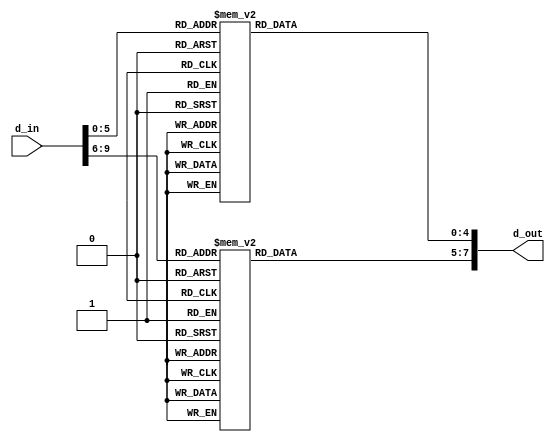
`timescale 1ns / 1ps

// Combinational circuit to decode 8b/10b non-control codewords
// Tables generated by python script lookup.py based on the 8b/10b Wikipedia article
module decode_8b10b(
    input [9:0] d_in,
    output reg [7:0] d_out
    );

always @(*) begin
    case (d_in[5:0])
        6'b111001: d_out[4:0] = 5'b00000;
        6'b000110: d_out[4:0] = 5'b00000;
        6'b101110: d_out[4:0] = 5'b00001;
        6'b010001: d_out[4:0] = 5'b00001;
        6'b101101: d_out[4:0] = 5'b00010;
        6'b010010: d_out[4:0] = 5'b00010;
        6'b100011: d_out[4:0] = 5'b00011;
        6'b101011: d_out[4:0] = 5'b00100;
        6'b010100: d_out[4:0] = 5'b00100;
        6'b100101: d_out[4:0] = 5'b00101;
        6'b100110: d_out[4:0] = 5'b00110;
        6'b000111: d_out[4:0] = 5'b00111;
        6'b111000: d_out[4:0] = 5'b00111;
        6'b100111: d_out[4:0] = 5'b01000;
        6'b011000: d_out[4:0] = 5'b01000;
        6'b101001: d_out[4:0] = 5'b01001;
        6'b101010: d_out[4:0] = 5'b01010;
        6'b001011: d_out[4:0] = 5'b01011;
        6'b101100: d_out[4:0] = 5'b01100;
        6'b001101: d_out[4:0] = 5'b01101;
        6'b001110: d_out[4:0] = 5'b01110;
        6'b111010: d_out[4:0] = 5'b01111;
        6'b000101: d_out[4:0] = 5'b01111;
        6'b110110: d_out[4:0] = 5'b10000;
        6'b001001: d_out[4:0] = 5'b10000;
        6'b110001: d_out[4:0] = 5'b10001;
        6'b110010: d_out[4:0] = 5'b10010;
        6'b010011: d_out[4:0] = 5'b10011;
        6'b110100: d_out[4:0] = 5'b10100;
        6'b010101: d_out[4:0] = 5'b10101;
        6'b010110: d_out[4:0] = 5'b10110;
        6'b010111: d_out[4:0] = 5'b10111;
        6'b101000: d_out[4:0] = 5'b10111;
        6'b110011: d_out[4:0] = 5'b11000;
        6'b001100: d_out[4:0] = 5'b11000;
        6'b011001: d_out[4:0] = 5'b11001;
        6'b011010: d_out[4:0] = 5'b11010;
        6'b011011: d_out[4:0] = 5'b11011;
        6'b100100: d_out[4:0] = 5'b11011;
        6'b011100: d_out[4:0] = 5'b11100;
        6'b011101: d_out[4:0] = 5'b11101;
        6'b100010: d_out[4:0] = 5'b11101;
        6'b011110: d_out[4:0] = 5'b11110;
        6'b100001: d_out[4:0] = 5'b11110;
        6'b110101: d_out[4:0] = 5'b11111;
        6'b001010: d_out[4:0] = 5'b11111;
        default: d_out[4:0] = 5'bxxxxx;
    endcase
    
    case (d_in[9:6])
        4'b1101: d_out[7:5] = 3'b000;
        4'b0010: d_out[7:5] = 3'b000;
        4'b1001: d_out[7:5] = 3'b001;
        4'b1010: d_out[7:5] = 3'b010;
        4'b0011: d_out[7:5] = 3'b011;
        4'b1100: d_out[7:5] = 3'b011;
        4'b1011: d_out[7:5] = 3'b100;
        4'b0100: d_out[7:5] = 3'b100;
        4'b0101: d_out[7:5] = 3'b101;
        4'b0110: d_out[7:5] = 3'b110;
        4'b0111: d_out[7:5] = 3'b111;
        4'b1000: d_out[7:5] = 3'b111;
        4'b1110: d_out[7:5] = 3'b111;
        4'b0001: d_out[7:5] = 3'b111;
        default: d_out[7:5] = 3'bxxx;
    endcase
end

endmodule